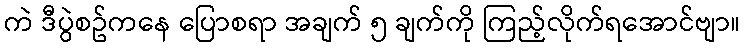
ကဲ ဒီပွဲစဥ်ကနေ ပြောစရာ အချက် ၅ ချက်ကို ကြည့်လိုက်ရအောင်ဗျာ။